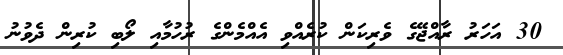
30 އަހަރު ރާއްޖޭގެ ވެރިކަން ކުރެއްވި އެއްމެންގެ ރުހުމާއި ލޯބި ކުރިން ދެވުނު